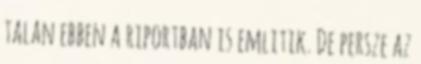
talan ebben a riportban is emlitik. De persze az